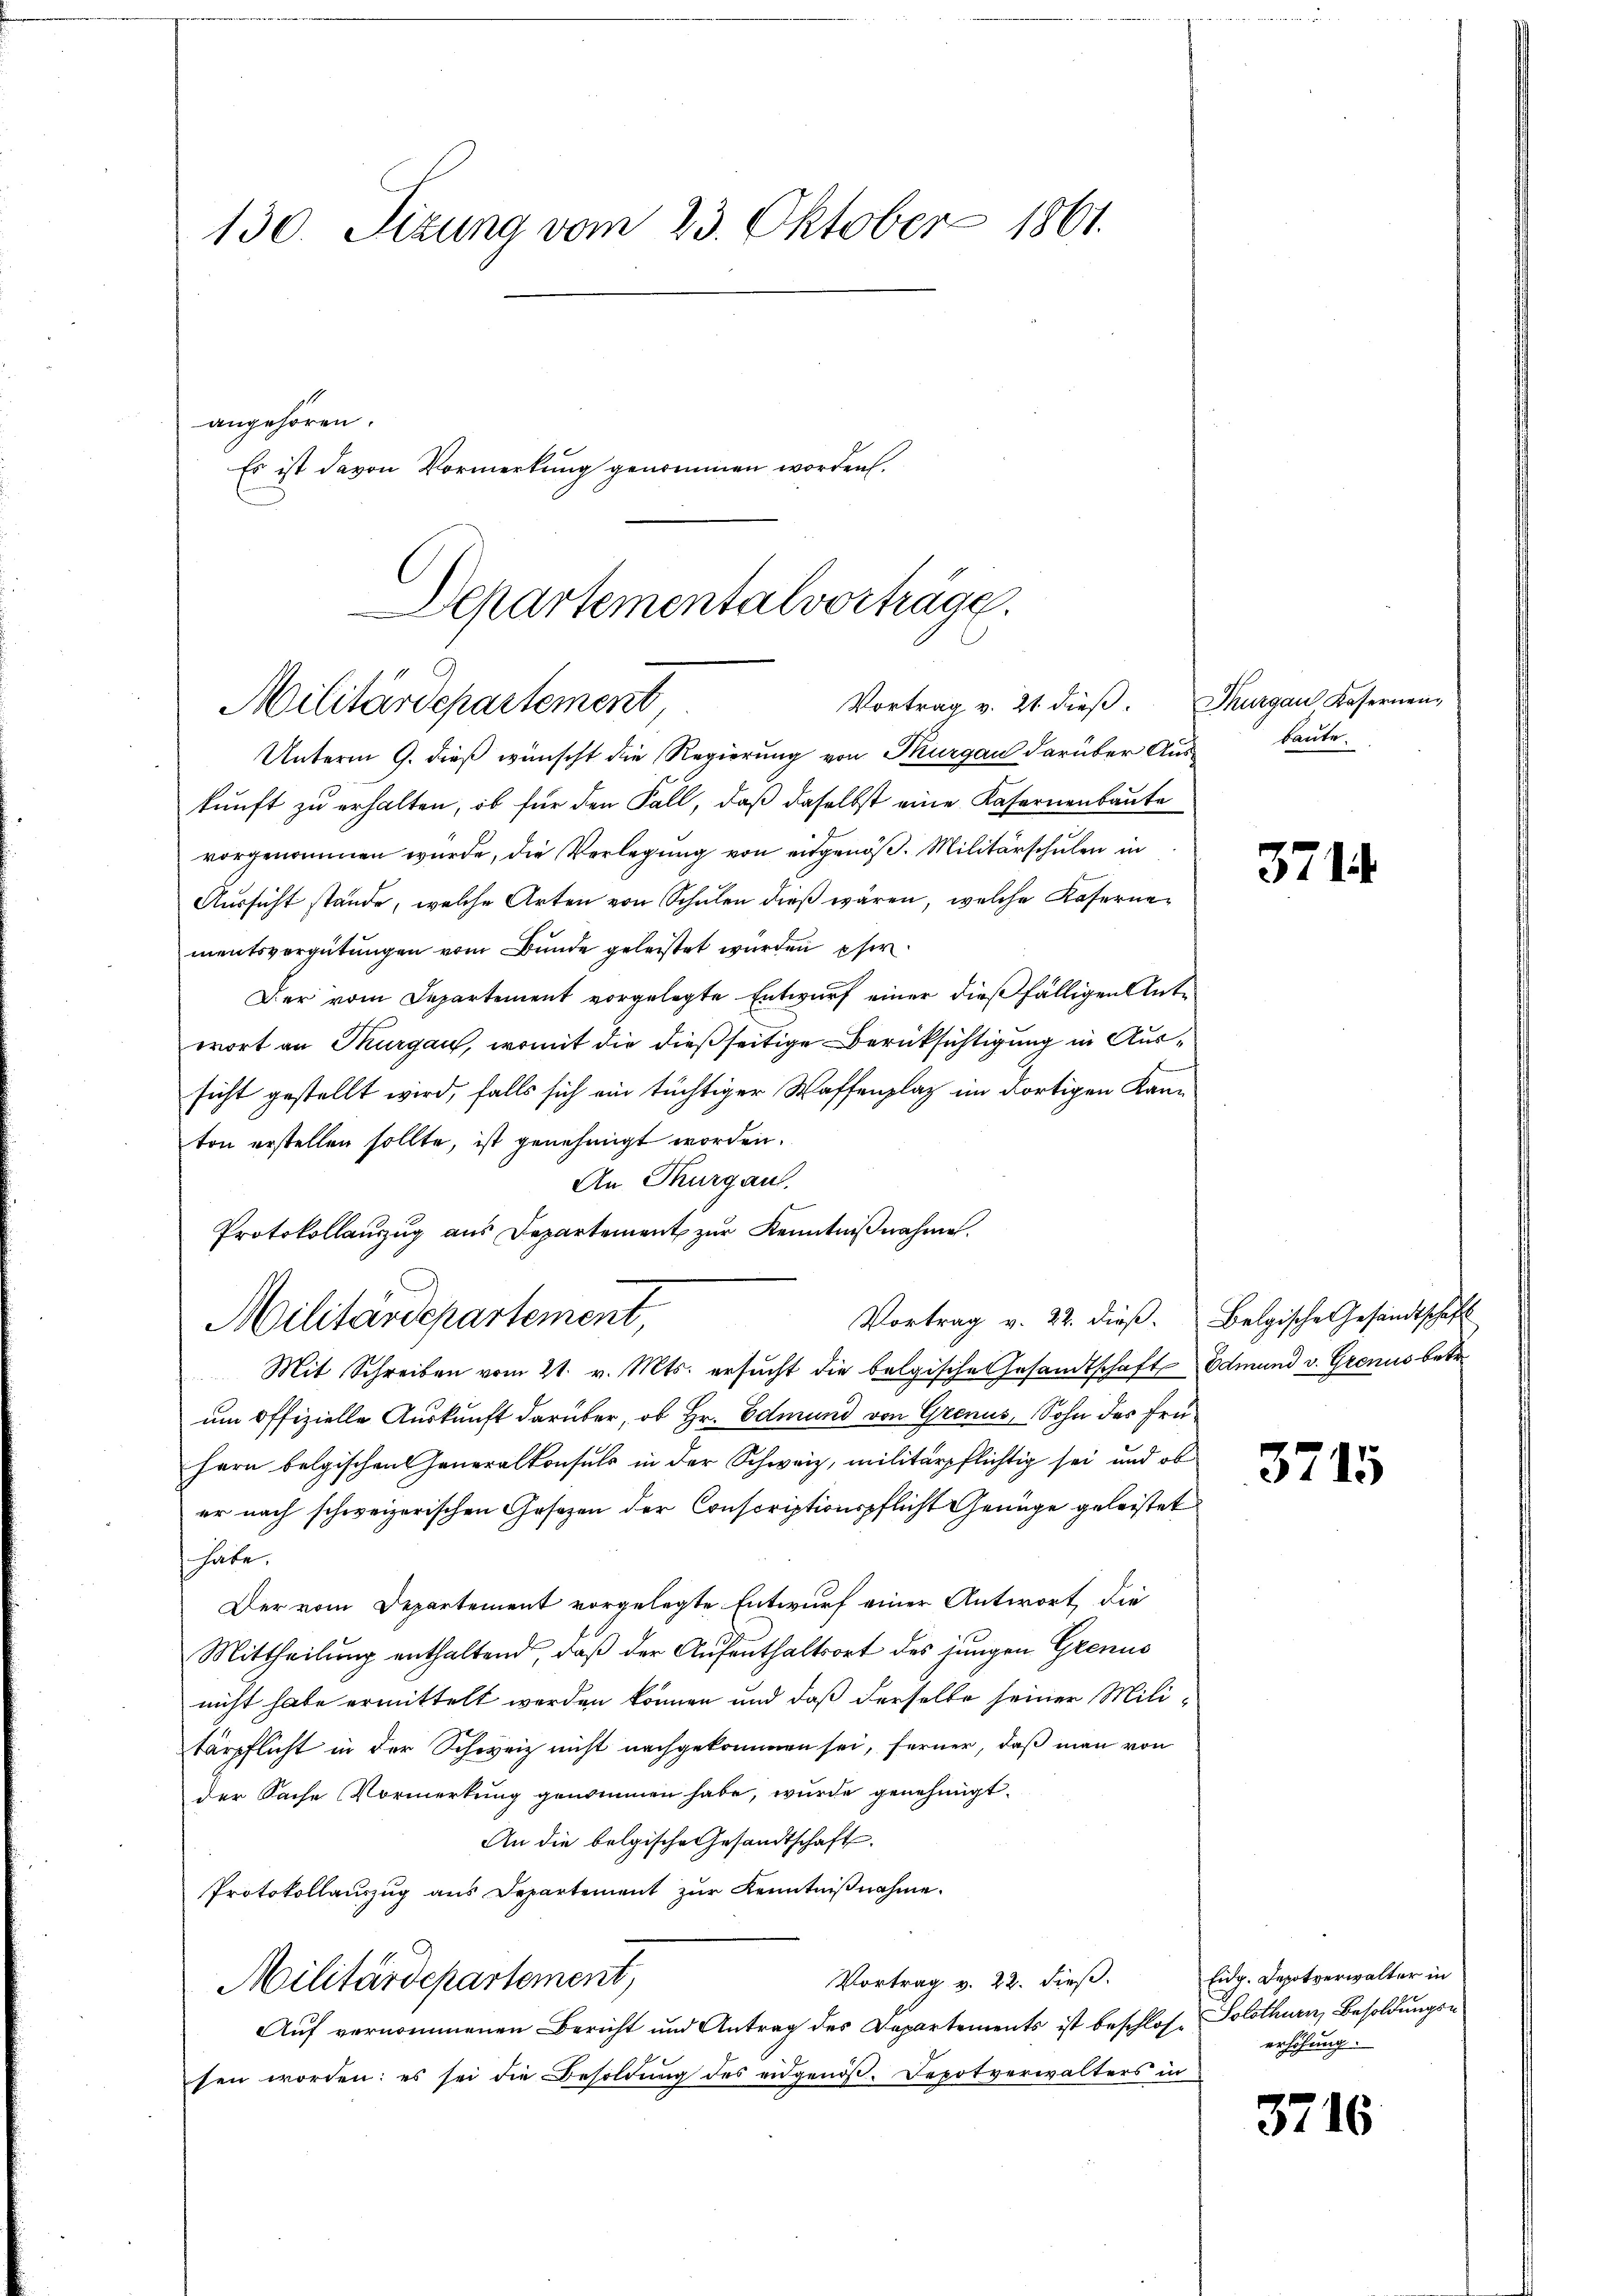
130. Sizung vom 23. Oktober 1861.
angehören.
Es ist davon Vormerkung genommen worden.

Departementalvorträge.
Vortrag v. 21 dieβ. Thurgau Kasernen-
Militärdepartement,

Unterm 9. dieß wünscht die Regierung von Thurgau darüber Ausbaute.
kunft zu erhalten, ob für den Fall, daß daselbst eine Kafernenbaute
vorgenommen wurde, die Verlegung von eidgenöß. Militärschulen in
Aussicht stände, welche Arten von Schulen dieß wären, welche Kasernementsvergütungen vom Bunde geleistet wurden eher
Der vom Departement vorgelegte Entwurf einer dießfälligen Ante
wort an Thurgau, womit die dießseitige Berücksichtigung in Aussicht gestellt wird, falls sich ein tüchtiger Waffenplaz im dortigen Kanton erstellen sollte, ist genehmigt worden.
An Thurgau.
Protokollauszug aus Departement zur Kenntnißnahme.
Mit Schreiben vom 21. v. Mts. ersŭcht die belgische Gesandtschaft Edmund v. Grenus betr.
um offizielle Auskunft darüber, ob Hr. Edmund von Grenus, Sohn des Frü¬
Hern belgischen Generalkonsuls in der Schweiz, militärpflichtig sei und ob
er nach schweizerischen Gesezen der Conscriptionspflicht Genüge geleistet
hate.
Der vom Departement vorgelegte Entwurf einer Antwort, die
Mittheilung enthaltend, daß der Aufenthaltsort des jungen Grenus
nicht habe ermittelt werden können und daß derselbe seiner Militärpflicht in der Schweiz nicht nachgekommen sei, ferner, daß man von
der Sache Vormerkung genommen habe, wurde genehmigt.
An die belgische Gesandtschaft.
Protokollauszug aus Departement zur Kenntnißnahme
Vortrag v. 22. dieβ. Eidg. Depotverwalter in
Militärdepartement,
Auf vernommenen Bericht und Antrag des Departements ist beschlos, Solothurn, Besoldungssen worden: es sei die Besoldŭng des eidgenöβ. Depotverwalters in

Militärdepartement,

Vortrag v. 22. dieß. Belgische Gesandtschaft

371

3715

erhöhung.

3716